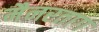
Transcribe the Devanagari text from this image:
मैनरताग